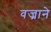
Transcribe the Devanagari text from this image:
वज्राने